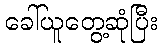
ခေါ်ယူတွေ့ဆုံပြီး